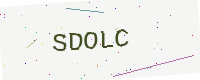
Text: SDOLC